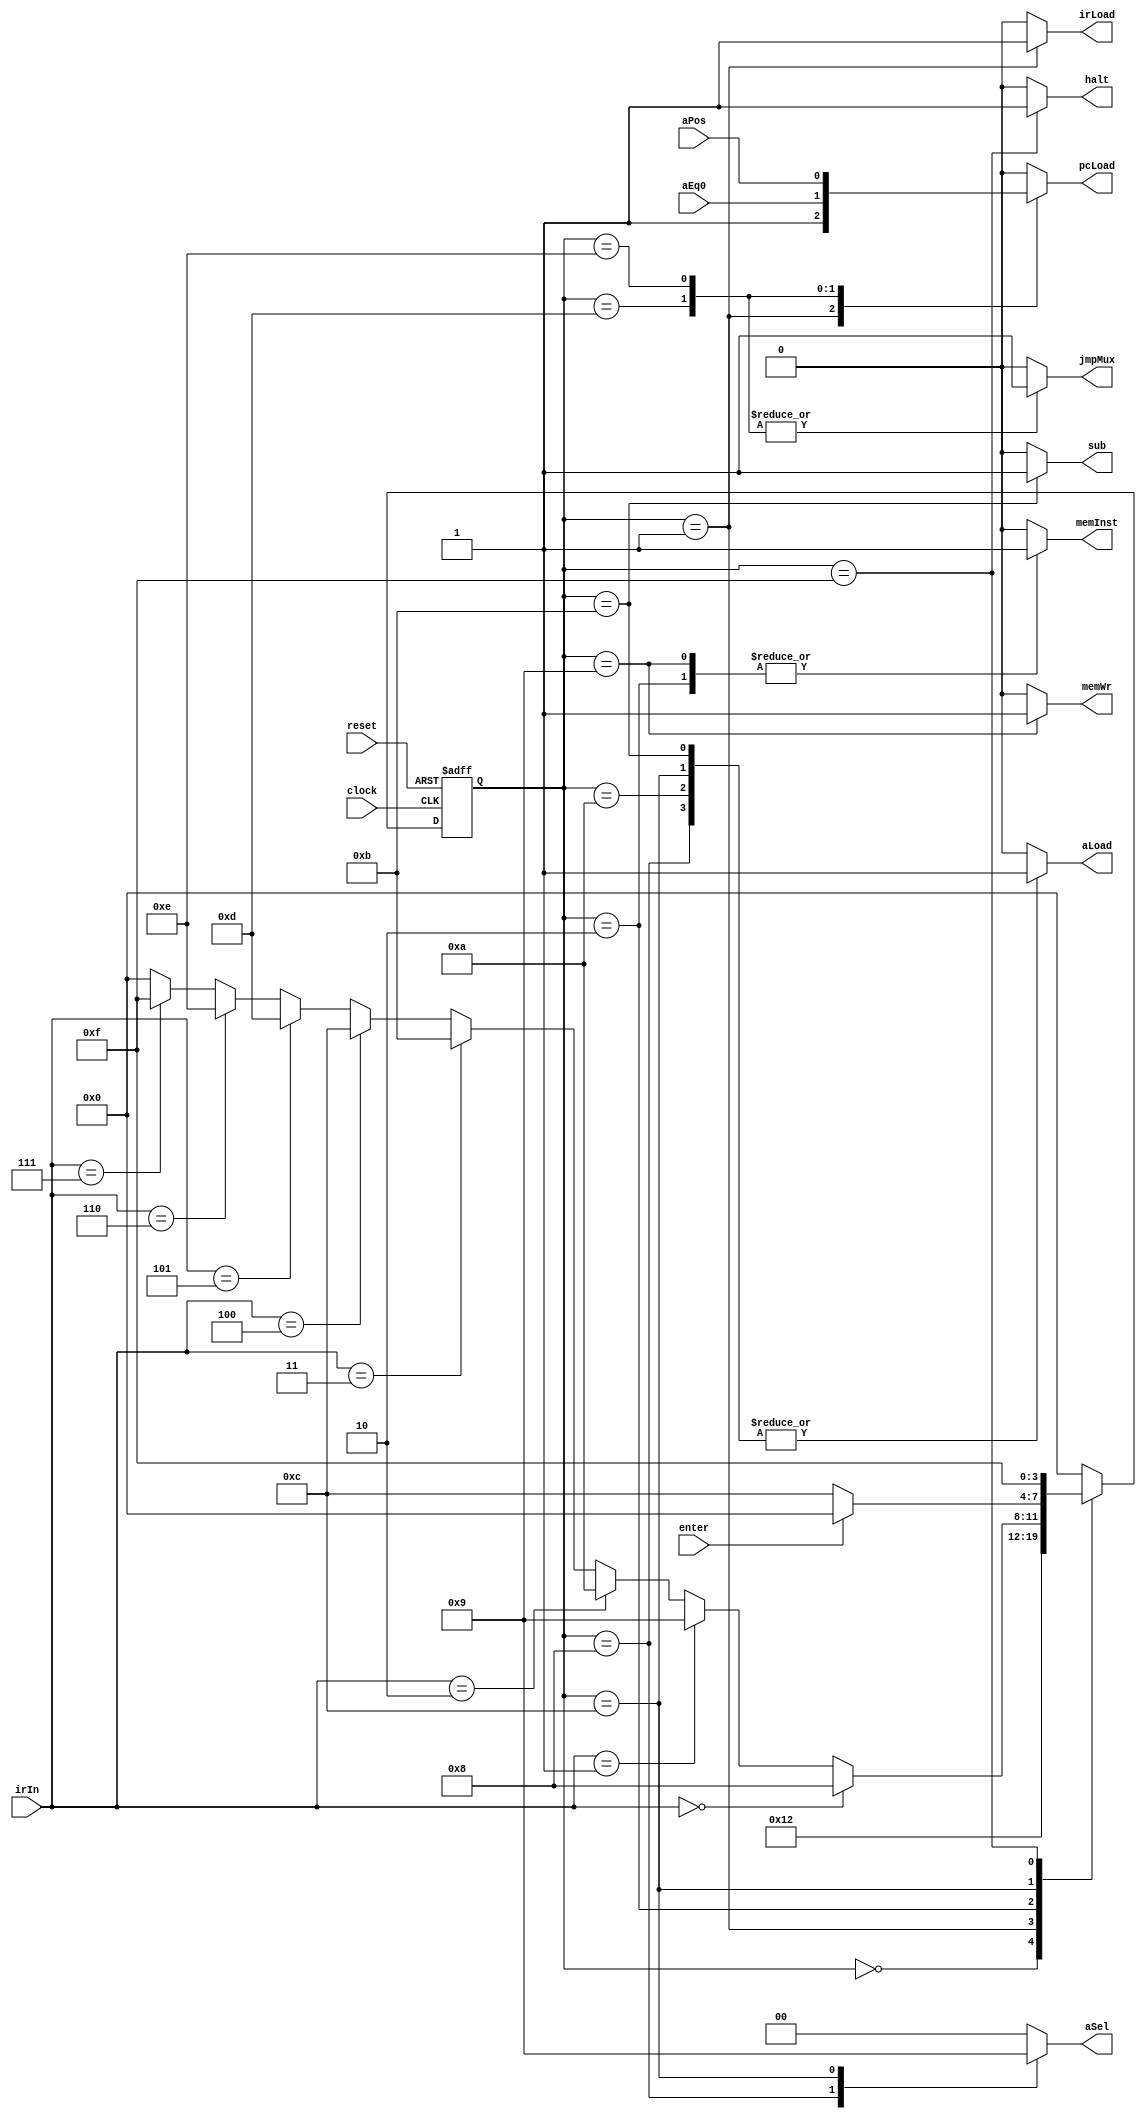
module controlUnit(irLoad,irIn,jmpMux,pcLoad,memInst,memWr,aLoad,aSel,
			sub,clock,reset,aEq0,aPos,halt,enter);
			
		input [2:0]irIn;
		input aEq0,aPos,enter;
		input clock,reset;
		output reg irLoad,jmpMux,pcLoad,memInst,memWr,aLoad,sub,halt;
		output reg [1:0]aSel;
		
		reg [3:0]state,next_state;
		
		parameter s0=4'd0, 	s1=4'd1,  s2=4'd2,  s3=4'd8,  s4=4'd9, s5=4'd10,
				  s6=4'd11, s7=4'd12, s8=4'd13, s9=4'd14, s10=4'd15;
		  
always@(posedge clock, negedge reset)
	if(!reset)
		state<=s0;
	else
		state<=next_state;
		
always@(state or irIn or enter)
	case(state)
		s0 : next_state= s1;
		
		s1 : next_state= s2;
		
		s2 : if(irIn == 3'd0)//000
				next_state= s3;
			 else if(irIn == 3'd1)//001
				next_state= s4;
			 else if(irIn == 3'd2)//010
				next_state= s5;
			 else if(irIn == 3'd3)//011
				next_state= s6;
			 else if(irIn == 3'd4)//100
				next_state= s7;
			 else if(irIn == 3'd5)//101
				next_state= s8;
			 else if(irIn == 3'd6)//110
				next_state= s9;
			 else if(irIn == 3'd7)//111
				next_state= s10;
			 else//unregconised value for irIn
				next_state= s0;
				
		s7 : if(enter)
				next_state= s0;
			 else
				next_state= s7;
				
		s3 : next_state= s0;
		s4 : next_state= s0;
		s5 : next_state= s0;
		s6 : next_state= s0;
		s8 : next_state= s0;
		s9 : next_state= s0;
			 
		s10: next_state= s10;
		default : next_state= s0; 
	endcase

always@(state)
	case(state)
		s0 : begin 
			 irLoad=4'd0; jmpMux=4'd0; pcLoad=4'd0; memInst=4'd0; memWr=4'd0; 
			 aSel=2'b00; aLoad=4'd0; sub=4'd0; halt=4'd0;
			 end
			 
		s1 : begin
			 irLoad=4'd1; jmpMux=4'd0; pcLoad=4'd1; memInst=4'd0; memWr=4'd0; 
			 aSel=2'b00; aLoad=4'd0; sub=4'd0; halt=4'd0;
			 end
			 
		s2 : begin
			 irLoad=4'd0; jmpMux=4'd0; pcLoad=4'd0; memInst=4'd1; memWr=4'd0; 
			 aSel=2'b00; aLoad=4'd0; sub=4'd0; halt=4'd0;
			 end
			 
		s3 : begin
			 irLoad=4'd0; jmpMux=4'd0; pcLoad=4'd0; memInst=4'd0; memWr=4'd0; 
			 aSel=2'b10; aLoad=4'd1; sub=4'd0; halt=4'd0;
			 end
			 
		s4 : begin
			 irLoad=4'd0; jmpMux=4'd0; pcLoad=4'd0; memInst=4'd1; memWr=4'd1; 
			 aSel=2'b00; aLoad=4'd0; sub=4'd0; halt=4'd0;
			 end
			 
		s5 : begin
			 irLoad=4'd0; jmpMux=4'd0; pcLoad=4'd0; memInst=4'd0; memWr=4'd0; 
			 aSel=2'b00; aLoad=4'd1; sub=4'd0; halt=4'd0;
			 end
			 
		s6 : begin
			 irLoad=4'd0; jmpMux=4'd0; pcLoad=4'd0; memInst=4'd0; memWr=4'd0; 
			 aSel=2'b00; aLoad=4'd1; sub=4'd1; halt=4'd0;
			 end
			 
		s7 : begin
			 irLoad=4'd0; jmpMux=4'd0; pcLoad=4'd0; memInst=4'd0; memWr=4'd0; 
			 aSel=2'b01; aLoad=4'd1; sub=4'd0; halt=4'd0;
			 end
			 
		s8 : begin
			 irLoad=4'd0; jmpMux=4'd1; pcLoad=aEq0; memInst=4'd0; memWr=4'd0; 
			 aSel=2'b00; aLoad=4'd0; sub=4'd0; halt=4'd0;
			 end
			 
		s9 : begin
			 irLoad=4'd0; jmpMux=4'd1; pcLoad=aPos; memInst=4'd0; memWr=4'd0; 
			 aSel=2'b00; aLoad=4'd0; sub=4'd0; halt=4'd0;
			 end
			 
		s10: begin
			 irLoad=4'd0; jmpMux=4'd0; pcLoad=4'd0; memInst=4'd0; memWr=4'd0; 
			 aSel=2'b00; aLoad=4'd0; sub=4'd0; halt=4'd1;
			 end
			 
	default: begin
			 irLoad=4'd0; jmpMux=4'd0; pcLoad=4'd0; memInst=4'd0; memWr=4'd0; 
			 aSel=2'b00; aLoad=4'd0; sub=4'd0; halt=4'd0;
			 end
	endcase
	
endmodule